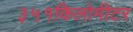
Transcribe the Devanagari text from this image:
३५१किलोमीटर